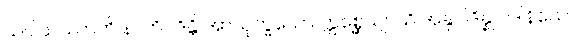
သပ္ပါယဿာတိ နာဘိဝဒိန္တိ အာယုက္ခယော ဣစ္ဆေယျာသိ အနုပါဒိန္နုပါဒါနိယော